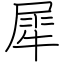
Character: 犀